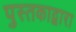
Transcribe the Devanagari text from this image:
पुस्तकाद्वारा